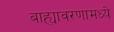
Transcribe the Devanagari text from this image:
बाह्यावरणामध्ये